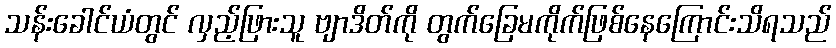
သန်းခေါင်ယံတွင် လှည့်ဖြားသူ ဗျာဒိတ်ကို တွက်ခြေမကိုက်ဖြစ်နေကြောင်းသိရသည်